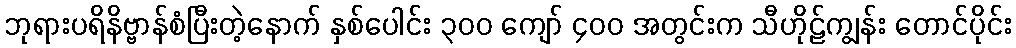
ဘုရားပရိနိဗ္ဗာန်စံပြီးတဲ့နောက် နှစ်ပေါင်း ၃၀၀ ကျော် ၄၀၀ အတွင်းက သီဟိုဠ်ကျွန်း တောင်ပိုင်း